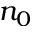
n _ { 0 }